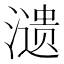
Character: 𬉋